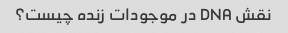
نقش DNA در موجودات زنده چیست؟